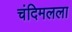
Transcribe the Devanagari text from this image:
चंदिमलला